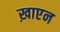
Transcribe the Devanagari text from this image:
ख़ाएन